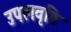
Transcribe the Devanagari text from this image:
उपलवृष्टि